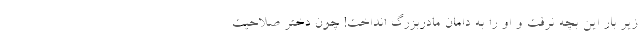
زیر بار این بچه نرفت و او را به دامان مادربزرگ انداخت! چون دختر صلاحیت